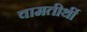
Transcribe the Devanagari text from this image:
वामतीर्थी